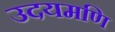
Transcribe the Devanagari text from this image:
उदयमणि